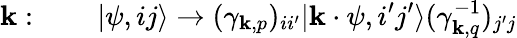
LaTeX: \mathbf{k}:\quad\quad\vert\psi,ij\rangle\rightarrow(\gamma_{\mathbf{k},p})_{ii^{\prime}}\vert\mathbf{k}\cdot\psi,i^{\prime}j^{\prime}\rangle(\gamma_{\mathbf{k},q}^{-1})_{j^{\prime}j}